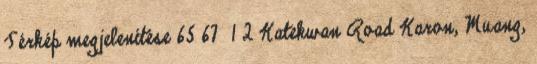
Térkép megjelenítése 65 67 1 2 Katekwan Road Karon, Muang,